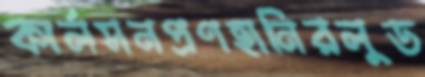
কার্লসনপ্রণহানিরলুড